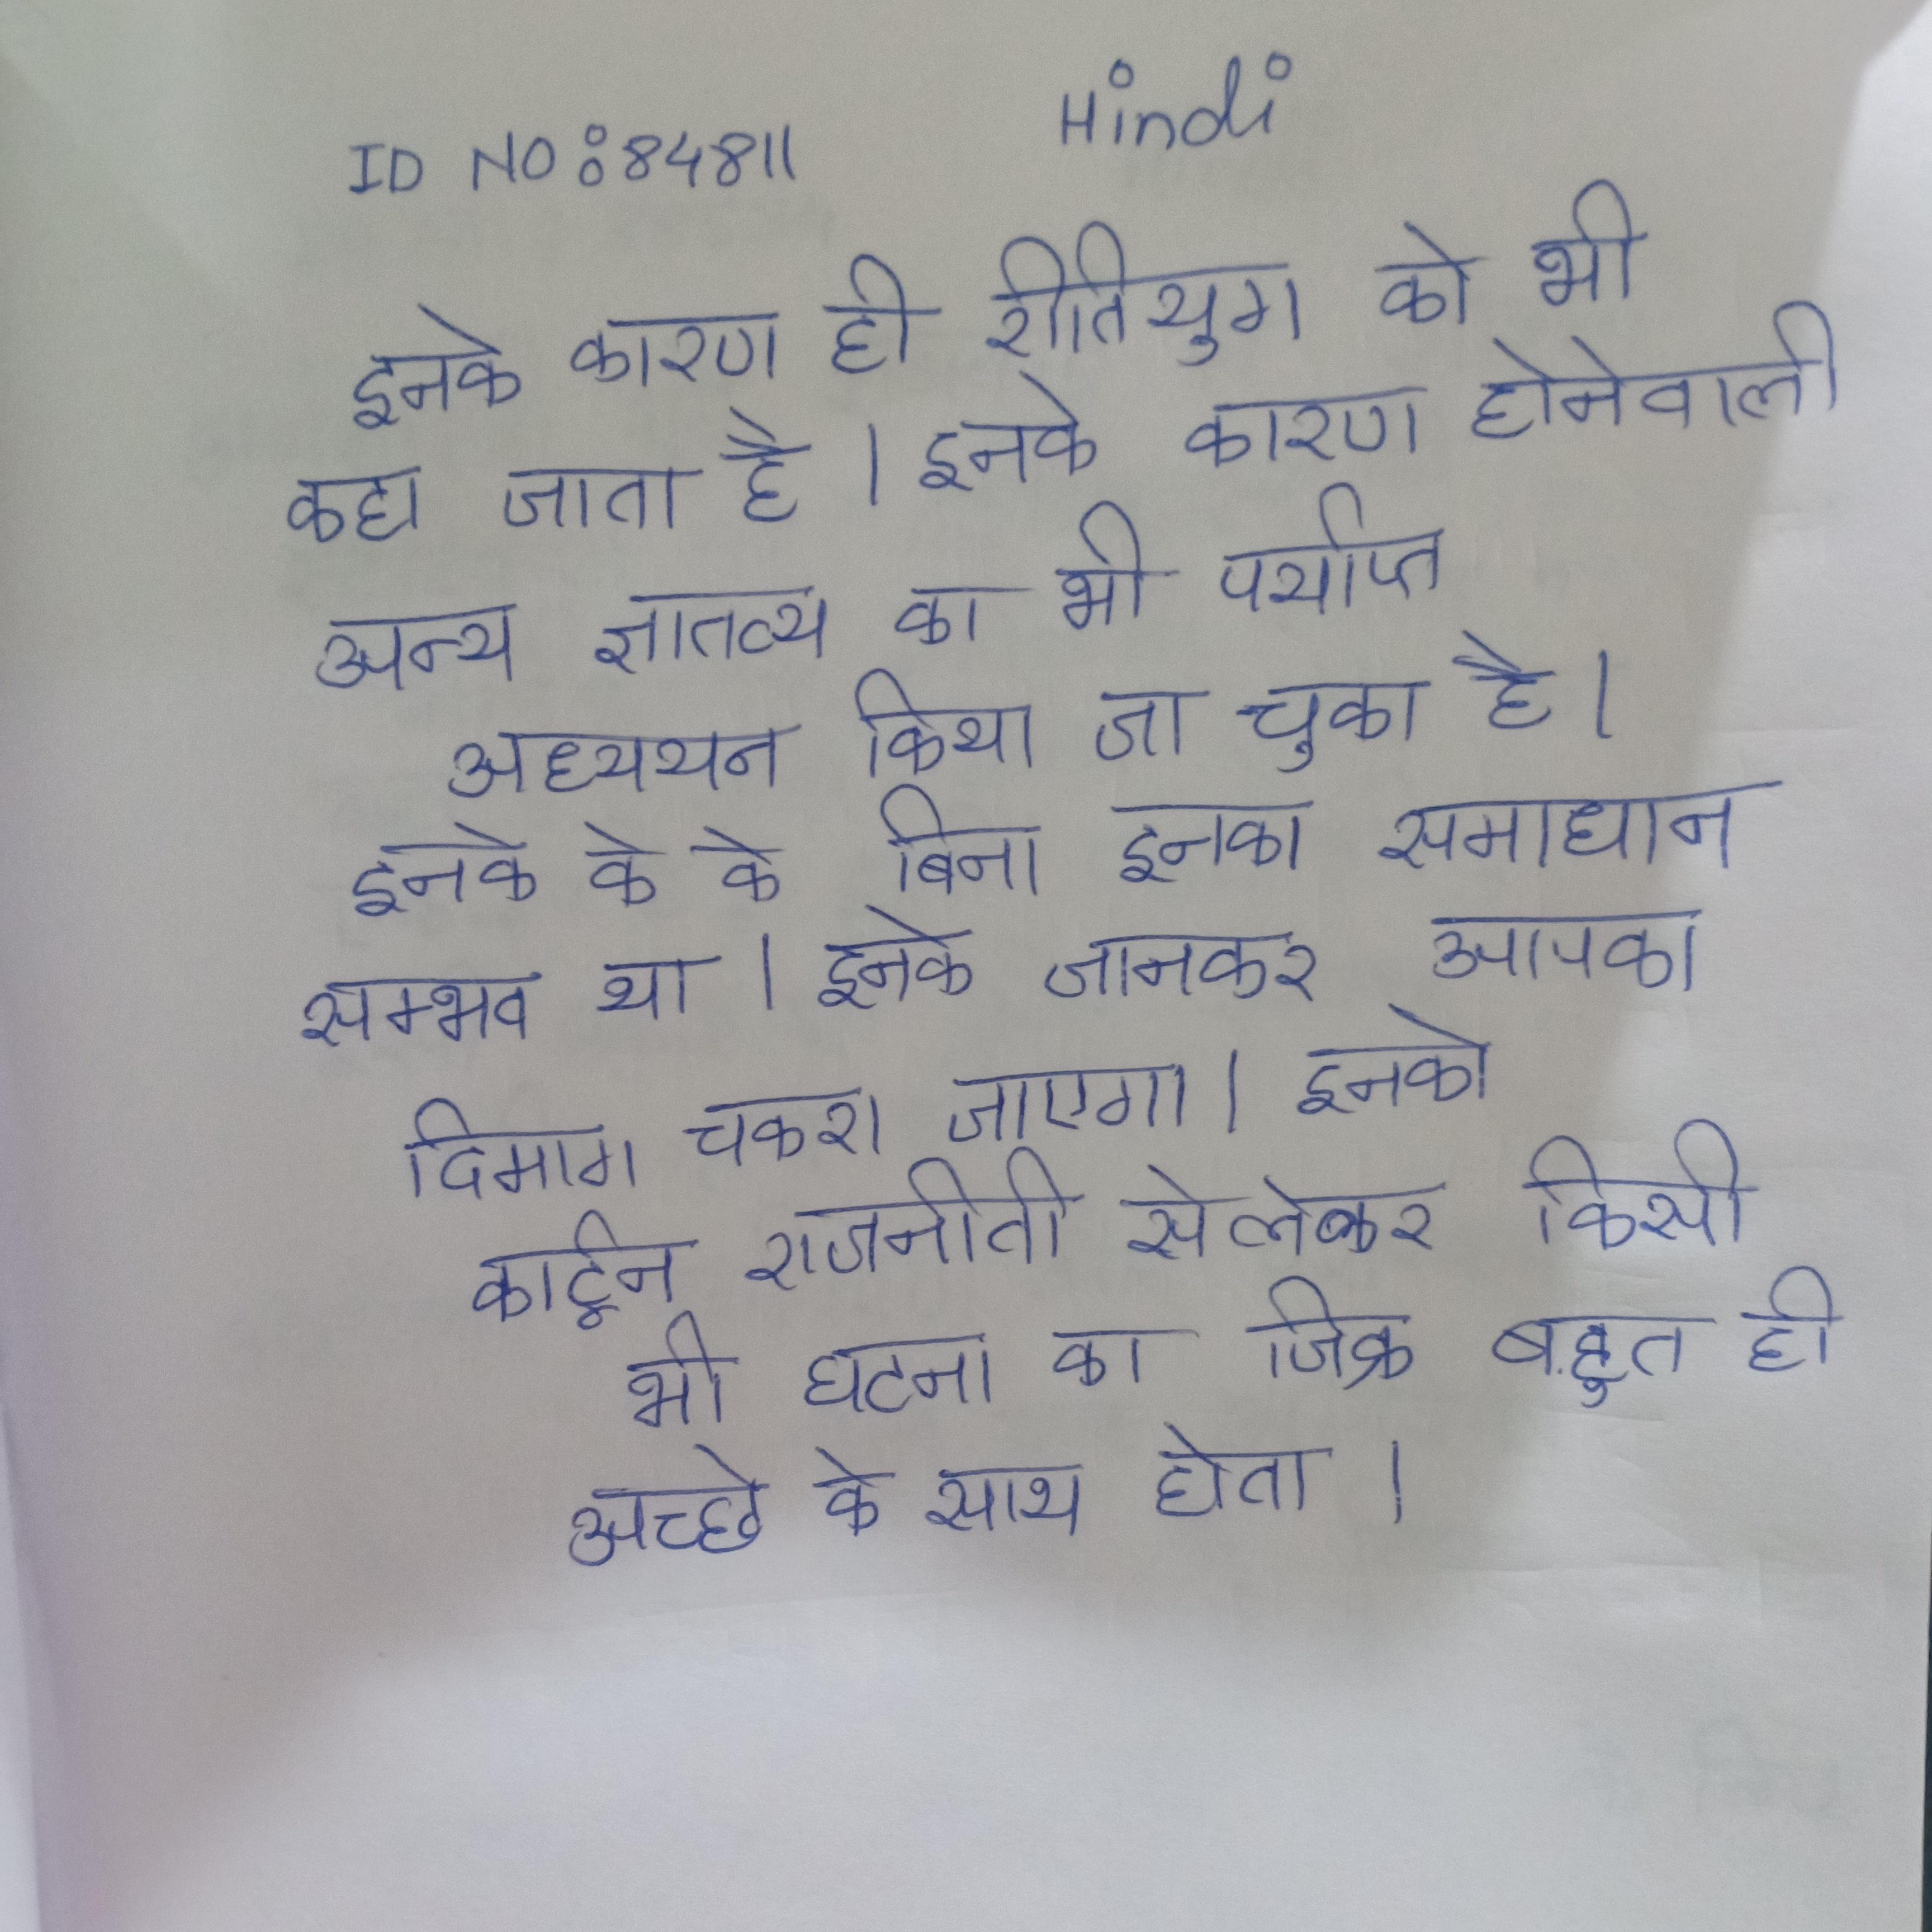
इनके कारण ही रीतियुग को भी कहा जाता है । इनके कारण होनेवाले अन्य ज्ञातव्य का भी पर्याप्त अध्ययन किया जा चुका है । इनके के के बिना इनका समाधान सम्भव था । इनके जानकर आपका दिमाग चकरा जाएगा । इनके कार्टून राजनीती से लेकर किसी भी घटना का जिक्र बहुत ही अच्छे के साथ होता ।